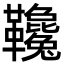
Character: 䪌